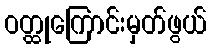
ဝတ္ထုကြောင်းမှတ်ဖွယ်